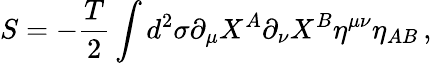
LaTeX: S=-\frac{T}{2}\int d^{2}\sigma\partial_{\mu}X^{A}\partial_{\nu}X^{B}\eta^{\mu\nu}\eta_{AB}\, ,